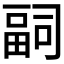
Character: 𭻢